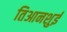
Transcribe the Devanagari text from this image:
तिआनशुई